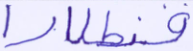
قنطارا